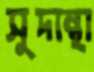
সুদান্থা